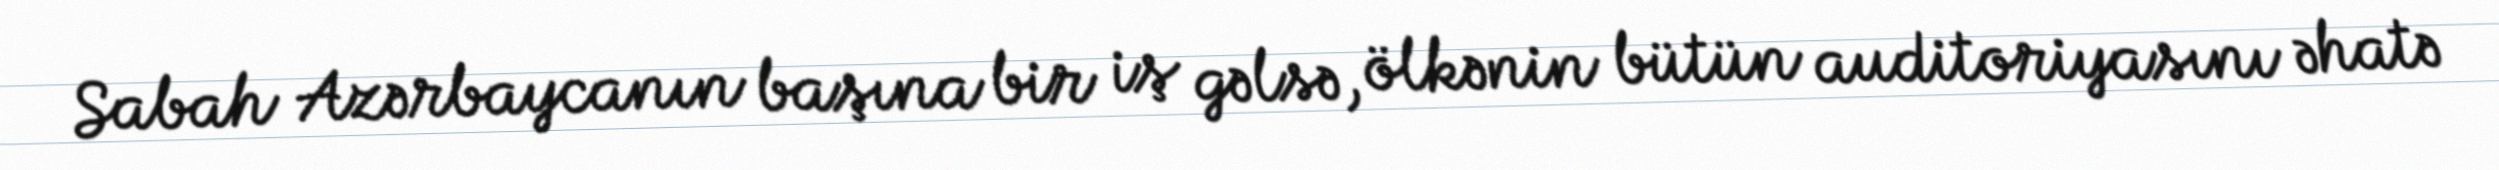
Sabah Azərbaycanın başına bir iş gəlsə, ölkənin bütün auditoriyasını əhatə